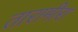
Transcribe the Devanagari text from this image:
तारामीरा